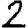
Digit: 2